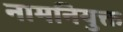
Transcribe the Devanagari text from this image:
नामनियुक्त